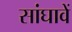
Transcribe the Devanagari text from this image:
सांघावें